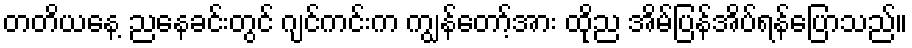
တတိယနေ့ ညနေခင်းတွင် ဂျင်ကင်းက ကျွန်တော့်အား ထိုည အိမ်ပြန်အိပ်ရန်ပြောသည်။